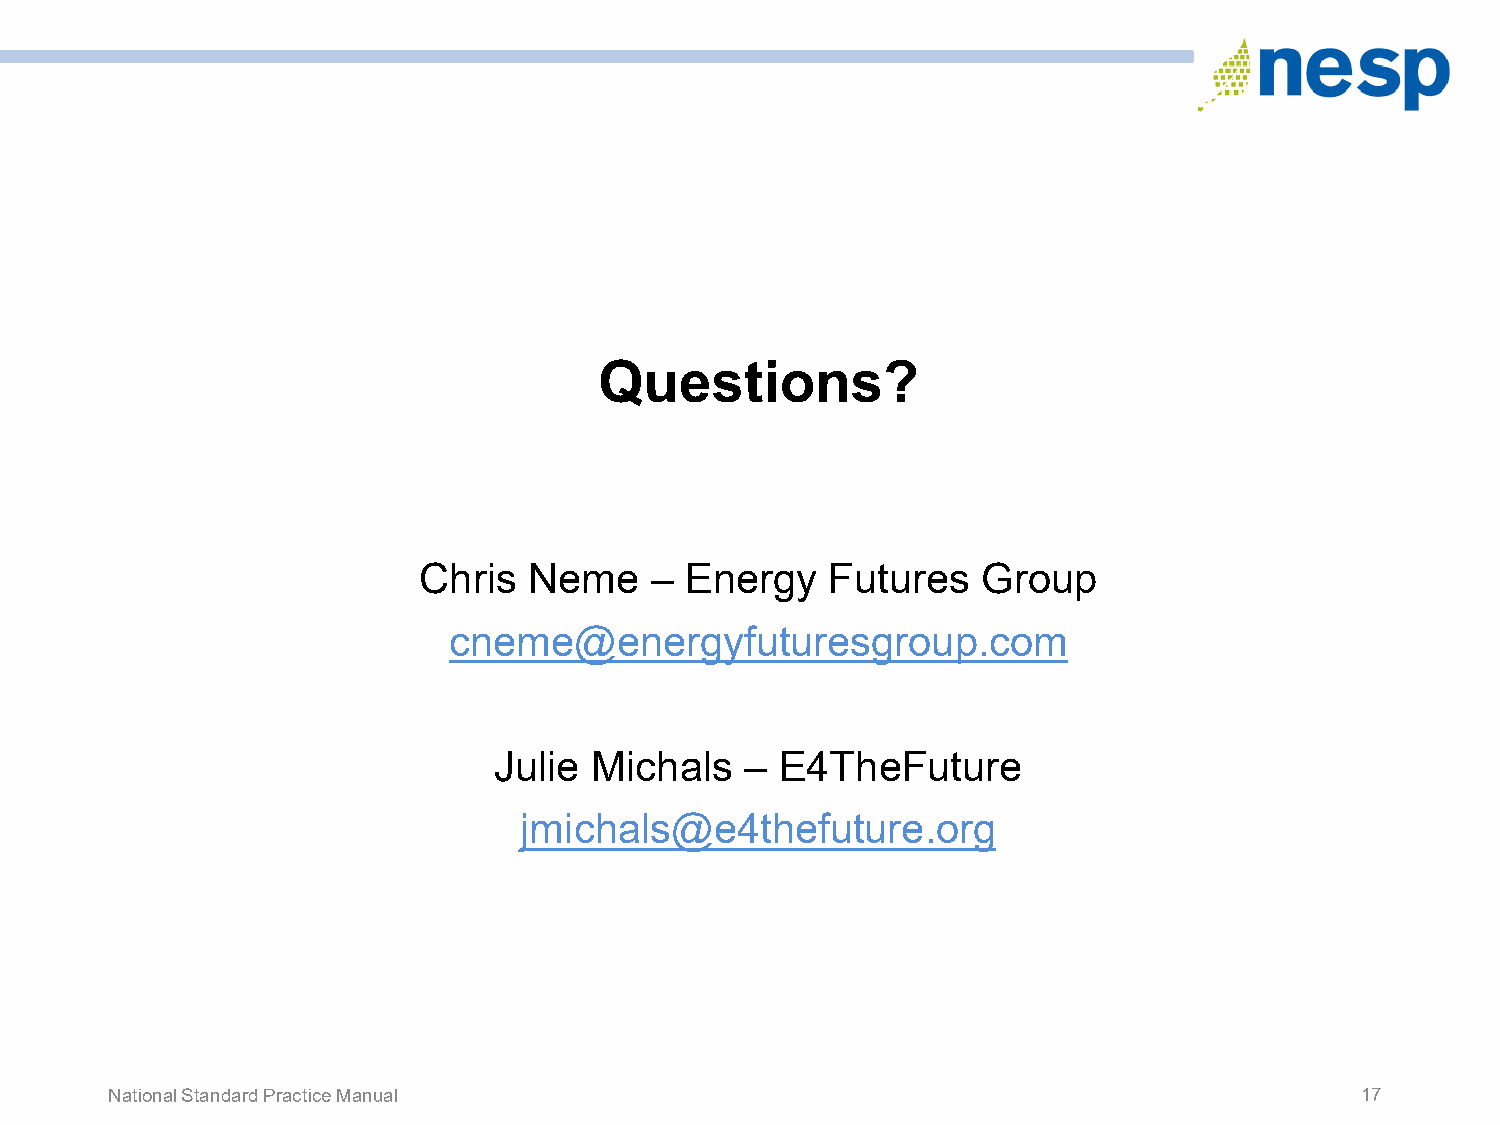
Questions?
 Chris  Neme    – Energy    Futures   Group
 cneme@energyfuturesgroup.com
 Julie Michals   –  E4TheFuture
 jmichals@e4thefuture.org
 National Standard Practice Manual                                                  17